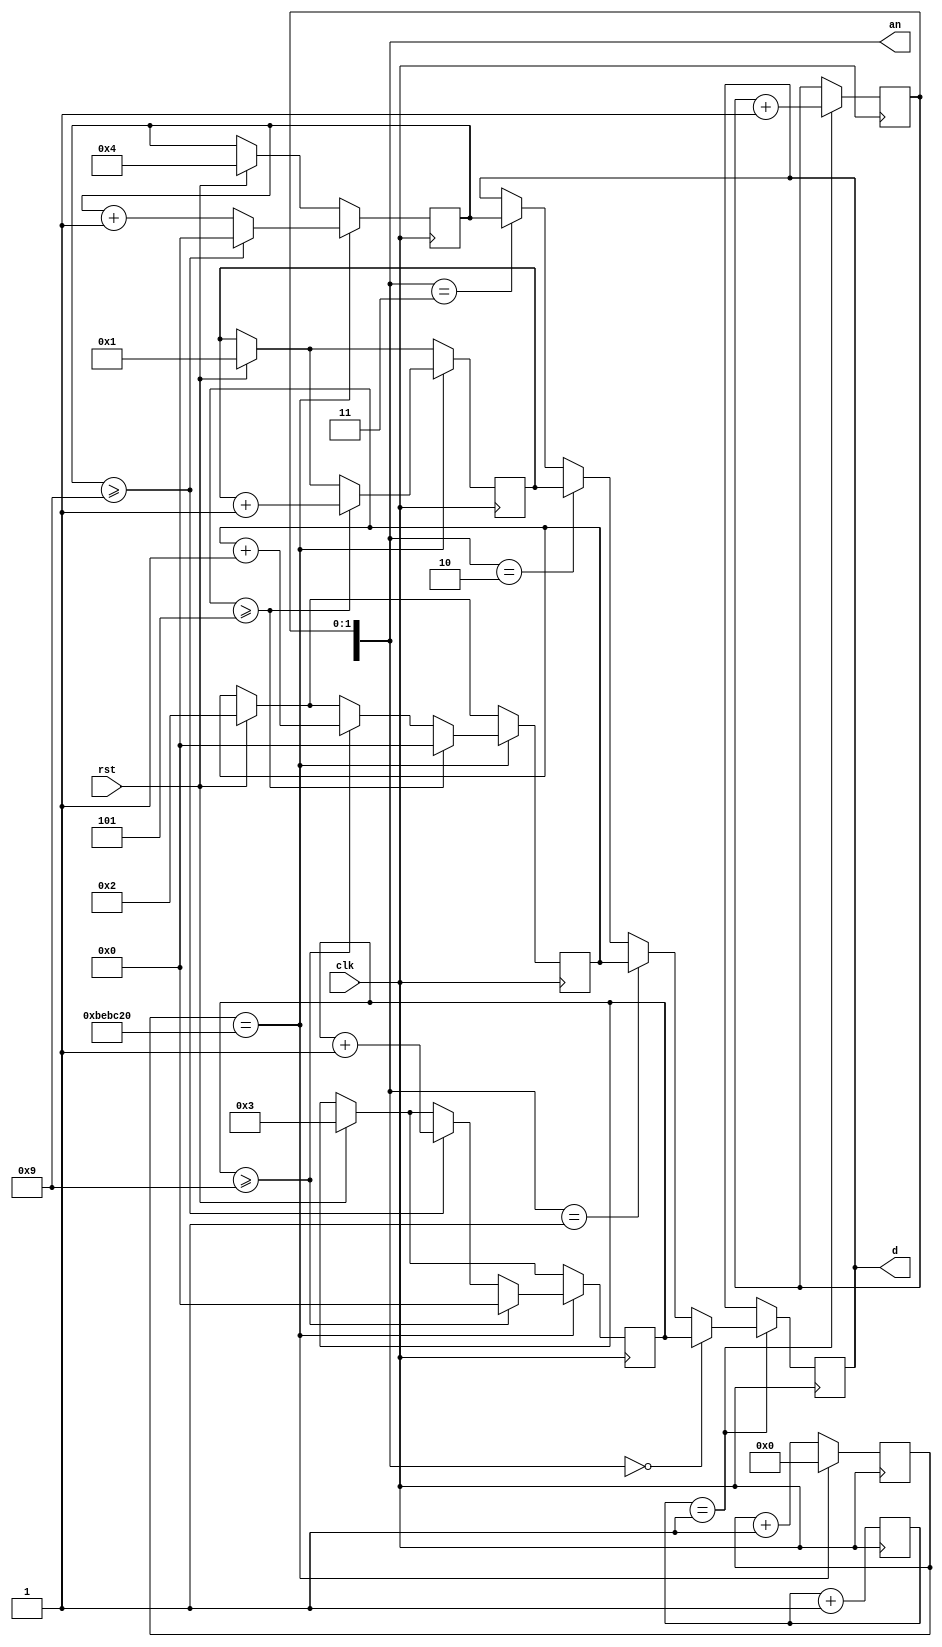
`timescale 1ns / 1ps

module week7_3(
input clk,
input rst,
output reg [3:0] d,
output reg [2:0] an
);
reg [3:0] s0;
reg [3:0] s1;
reg [3:0] s2;
reg [3:0] min;
reg [13:0] cnt;
reg [26:0] real_clk;
wire pulse_100hz = (cnt == 14'h1);
wire pulse_10hz = (real_clk == 27'b000101111101011110000100000);

always@(posedge clk)
begin
    real_clk <= real_clk + 17'b1;
    cnt <= cnt + 14'b1;

    if(rst)
    begin
        s0 <= 4;
        s1 <= 3;
        s2 <= 2;
        min <= 1;
    end
    
    if (pulse_100hz)
    begin
        an[1:0] <= an[1:0]+1;
    end
    
    if(pulse_10hz)
    begin
        real_clk <= 0;
        s0 <= s0 + 1;
    
        if(s0 >= 9)
        begin
            s0 <= 0;
            s1 <= s1+1;
        end
        
        if(s1 >= 9)
        begin 
            s1 <= 0;
            s2 <= s2+1;
        end
        
        if(s2 >= 5)
        begin 
            s2 <= 0;
            min <= min + 1;
        end
    end

    if(pulse_100hz)
    begin
        if(an == 3'b000)
        d <= s1;
        else if(an == 3'b001)
        d <= s2;
        else if(an == 3'b010)
        d <= min;
        else if(an == 3'b011)
        d <= s0;
    end
end


endmodule